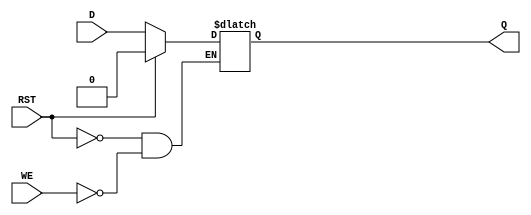
module async_register (
    input wire D,         // Data input
    input wire WE,        // Write enable
    input wire RST,       // Asynchronous reset
    output reg Q          // Data output
);

    // Asynchronous process
    always @(*) begin
        if (RST) begin
            Q <= 1'b0;    // Reset the register to 0
        end else if (WE) begin
            Q <= D;       // Capture the input data when Write Enable is asserted
        end
        // If neither RST nor WE are asserted, Q holds its previous value
    end

endmodule